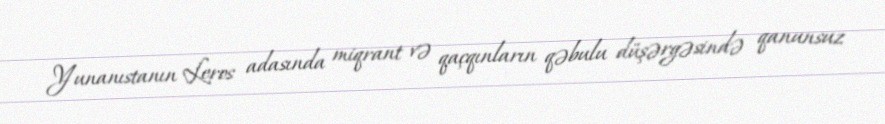
Yunanıstanın Leros adasında miqrant və qaçqınların qəbulu düşərgəsində qanunsuz